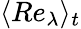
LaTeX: \langle Re_{\lambda}\rangle_{t}